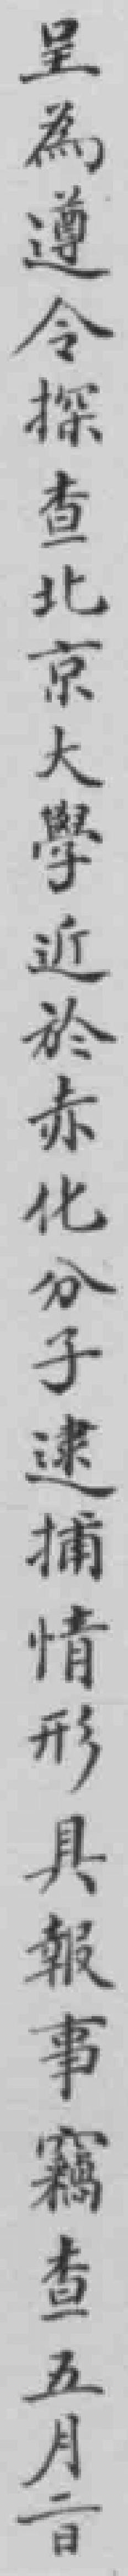
呈為遵令探查北京大學近於赤化分子逮捕情形具報事竊查五月二日